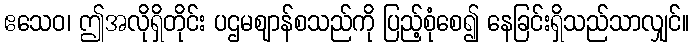
ဧသေဝ၊ ဤအလိုရှိတိုင်း ပဌမဈာန်စသည်ကို ပြည့်စုံစေ၍ နေခြင်းရှိသည်သာလျှင်။